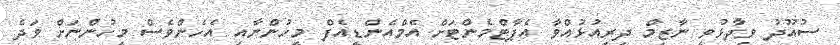
ސުއޫދު ވިދާޅުވީ ނާޒިމް ދިރިއުޅުއްވާ އެޕާޓްމެންޓަށް އެމްއެންޑީއެފް މީހުންނާއި އެހެންވެސް މީހުންނަށް ވަދެ